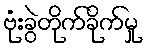
ဗုံးခွဲတိုက်ခိုက်မှု